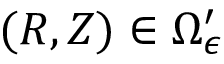
( R , Z ) \in \Omega _ { \epsilon } ^ { \prime }